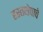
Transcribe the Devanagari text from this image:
हस्तक्षेपाचे